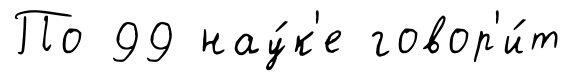
По 99 нау́к'е говор'и́т